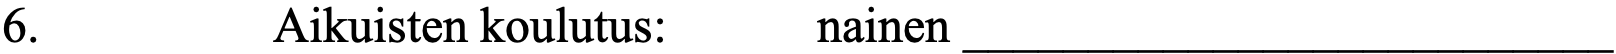
6.       Aikuisten koulutus: nainen __________________________